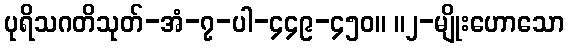
ပုရိသဂတိသုတ်-အံ-၇-ပါ-၄၄၉-၄၅၀။ ။၂-မျိုးဟောသော